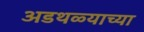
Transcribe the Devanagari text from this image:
अडथळ्याच्या